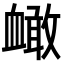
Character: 𧗐